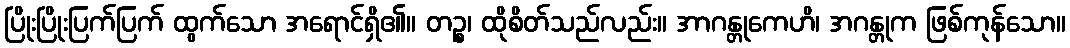
ပြိုးပြိုးပြက်ပြက် ထွက်သော အရောင်ရှိ၏။ တဉ္စ၊ ထိုစိတ်သည်လည်း။ အာဂန္တုကေဟိ၊ အဂန္တုက ဖြစ်ကုန်သော။